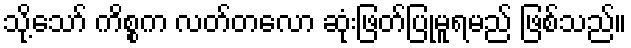
သို့သော် ကိစ္စက လတ်တလော ဆုံးဖြတ်ပြုမူရမည် ဖြစ်သည်။